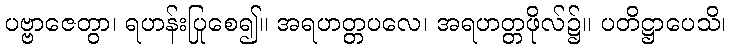
ပဗ္ဗာဇေတွာ၊ ရဟန်းပြုစေ၍။ အရဟတ္တပလေ၊ အရဟတ္တဖိုလ်၌။ ပတိဋ္ဌာပေသိ၊